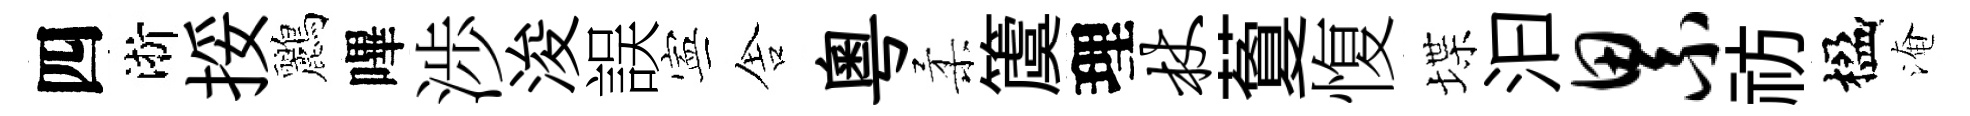
四淅挼鸝嗶渉浚誤寕舎粵柔𥵂理杖藑愎堞汩累祊楹淹